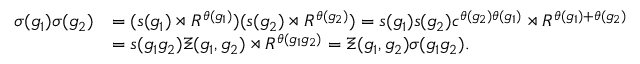
\begin{array} { r l } { \sigma ( g _ { 1 } ) \sigma ( g _ { 2 } ) } & { = ( s ( g _ { 1 } ) \rtimes R ^ { \theta ( g _ { 1 } ) } ) ( s ( g _ { 2 } ) \rtimes R ^ { \theta ( g _ { 2 } ) } ) = s ( g _ { 1 } ) s ( g _ { 2 } ) c ^ { \theta ( g _ { 2 } ) \theta ( g _ { 1 } ) } \rtimes R ^ { \theta ( g _ { 1 } ) + \theta ( g _ { 2 } ) } } \\ & { = s ( g _ { 1 } g _ { 2 } ) \Xi ( g _ { 1 } , g _ { 2 } ) \rtimes R ^ { \theta ( g _ { 1 } g _ { 2 } ) } = \Xi ( g _ { 1 } , g _ { 2 } ) \sigma ( g _ { 1 } g _ { 2 } ) . } \end{array}